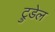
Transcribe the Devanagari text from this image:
ट्रुडेल